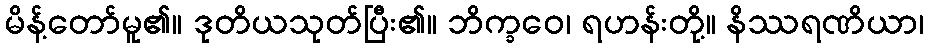
မိန့်တော်မူ၏။ ဒုတိယသုတ်ပြီး၏။ ဘိက္ခဝေ၊ ရဟန်းတို့။ နိဿရဏိယာ၊